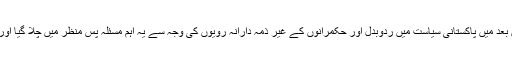
ہندوستان کے اس غاصبانہ قبضے کے خلاف پاکستان نے اس وقت اقوام متحدہ سے رجوع کیا لیکن بعد میں پاکستانی سیاست میں ردوبدل اور حکمرانوں کے غیر ذمہ دارانہ رویوں کی وجہ سے یہ اہم مسئلہ پس منظر میں چلا گیا اور آج ہمارا المیہ یہ ہے کہ ہماری اکثریت کو معلوم ہی نہیں کہ جونا گڑھ بھی کبھی ہمارا حصہ تھا۔